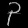
Digit: ၃